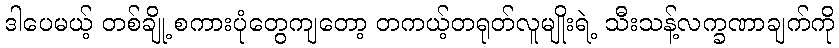
ဒါပေမယ့် တစ်ချို့ စကားပုံတွေကျတော့ တကယ့်တရုတ်လူမျိုးရဲ့ သီးသန့်လက္ခဏာချက်ကို